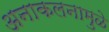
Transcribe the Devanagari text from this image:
अनाकलनामुळे